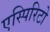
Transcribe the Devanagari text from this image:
एस्पिरिटो